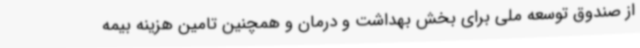
از صندوق توسعه ملی برای بخش بهداشت و درمان و همچنین تامین هزینه بیمه